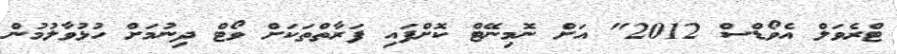
ޓްރެވަލް އެވޯޑްސް 2012" އަށް ނޮމިނޭޓް ކޮށްފައި ފަރާތްތަކަށް ވޯޓް ދިނުމަށް ހުޅުވާލުމުން